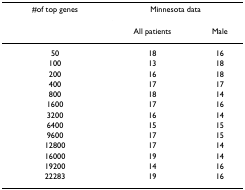
| #of top genes | <COLSPAN=2> Minnesota data |
 |  | All patients | Male |
 | --- | --- | --- |
 | 50 | 18 | 16 |
 | 100 | 13 | 18 |
 | 200 | 16 | 18 |
 | 400 | 17 | 17 |
 | 800 | 18 | 14 |
 | 1600 | 17 | 16 |
 | 3200 | 16 | 14 |
 | 6400 | 15 | 15 |
 | 9600 | 17 | 15 |
 | 12800 | 17 | 14 |
 | 16000 | 19 | 14 |
 | 19200 | 14 | 16 |
 | 22283 | 19 | 16 |